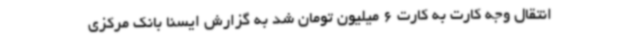
انتقال وجه کارت به کارت 6 میلیون تومان شد به گزارش ایسنا بانک مرکزی